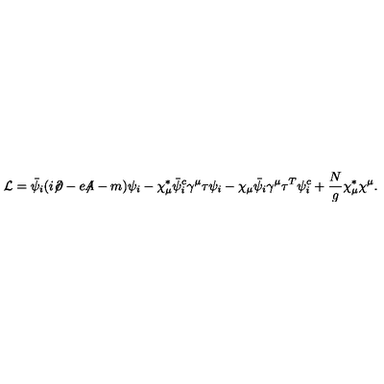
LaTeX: { \cal L } = \bar { \psi } _ { i } ( i { \not \! \partial } - e { \not \! \! A } - m ) \psi _ { i } - \chi _ { \mu } ^ { * } \bar { \psi } _ { i } ^ { c } \gamma ^ { \mu } \tau \psi _ { i } - \chi _ { \mu } \bar { \psi } _ { i } \gamma ^ { \mu } \tau ^ { T } \psi _ { i } ^ { c } + \frac { N } { g } \chi _ { \mu } ^ { * } \chi ^ { \mu } .